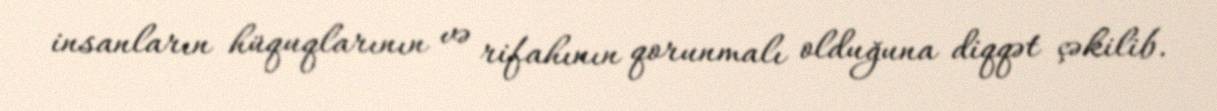
insanların hüquqlarının və rifahının qorunmalı olduğuna diqqət çəkilib.